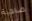
ضاحية